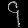
Digit: ၄